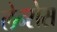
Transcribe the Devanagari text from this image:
लेन्सेस